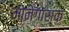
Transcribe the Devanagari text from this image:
मोनेगास्क